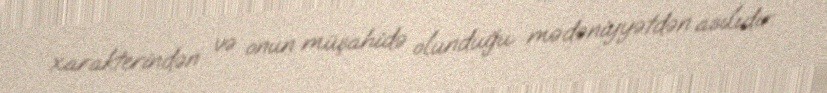
xarakterindən və onun müşahidə olunduğu mədəniyyətdən asılıdır.